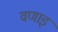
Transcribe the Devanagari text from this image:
वणाइं